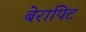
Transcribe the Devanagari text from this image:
बेरापिट